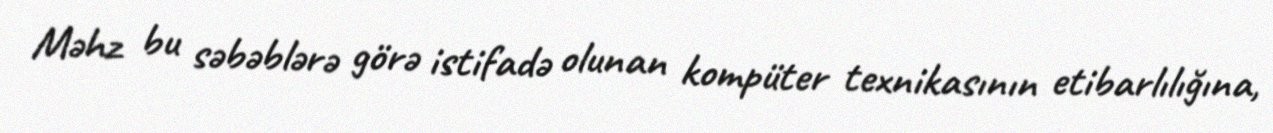
Məhz bu səbəblərə görə istifadə olunan kompüter texnikasının etibarlılığına,